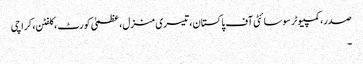
صدر، کمپیوٹر سوسائٹی آف پاکستان، تیسری منزل، عظمیٰ کورٹ ، کلفٹن، کراچی
۔